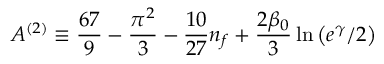
A ^ { ( 2 ) } \equiv \frac { 6 7 } { 9 } - \frac { \pi ^ { 2 } } { 3 } - \frac { 1 0 } { 2 7 } n _ { f } + \frac { 2 \beta _ { 0 } } { 3 } \ln \left( e ^ { \gamma } / 2 \right)